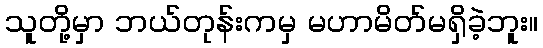
သူတို့မှာ ဘယ်တုန်းကမှ မဟာမိတ်မရှိခဲ့ဘူး။